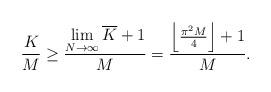
LaTeX: \begin{align*}\frac{K}{M} \geq\frac{\lim\limits_{N\rightarrow\infty}\overline{K}+1}{M}=\frac{\left \lfloor\frac{\pi^2M}{4}\right \rfloor+1}{M}.\end{align*}